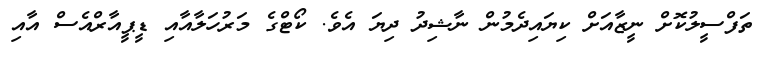
ތަފްސީލުކޮށް ނީޒާއަށް ކިޔައިދެމުން ނާޝިދު ދިޔަ އެވެ. ކޯޓްގެ މަރުހަލާއާއި ޑީޕީއާރްއެސް އާއި